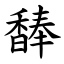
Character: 䭰